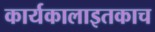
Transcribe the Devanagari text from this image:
कार्यकालाइतकाच